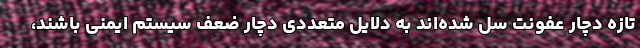
تازه دچار عفونت سل شده‌اند به دلایل متعددی دچار ضعف سیستم ایمنی باشند،